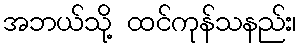
အဘယ်သို့ ထင်ကုန်သနည်း၊